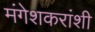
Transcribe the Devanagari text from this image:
मंगेशकरांशी